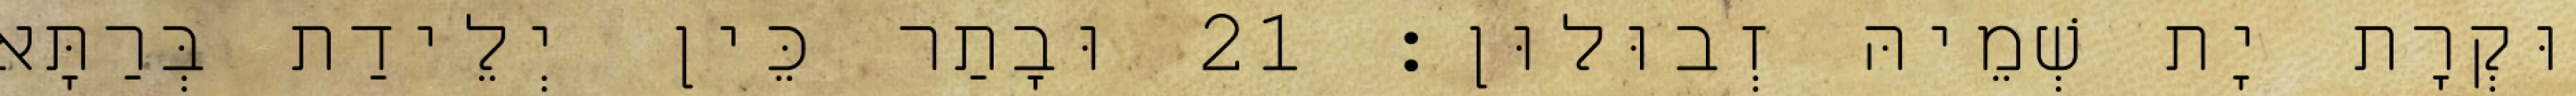
וּקְרָת יָת שְׁמֵיהּ זְבוּלוּן׃ 21 וּבָתַר כֵּין יְלֵידַת בְּרַתָּא